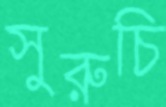
সুরুচি